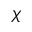
\chi